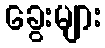
ခွေးများ